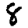
Digit: 8